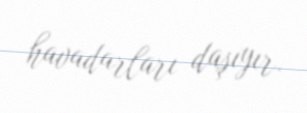
havadarları daşıyır.